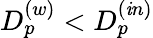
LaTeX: D_{p}^{(w)}<D_{p}^{(\mathit{i}n)}